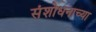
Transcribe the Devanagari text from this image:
संशोधनाच्‍या